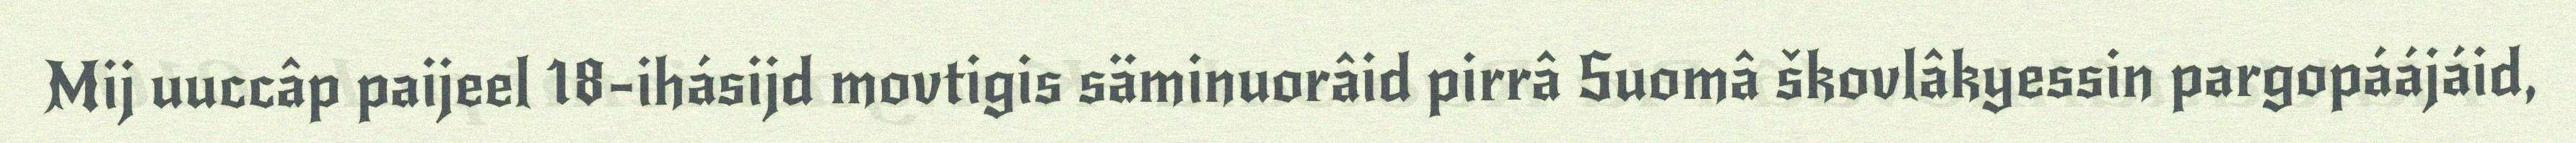
Mij uuccâp paijeel 18-ihásijd movtigis säminuorâid pirrâ Suomâ škovlâkyessin pargopáájáid,